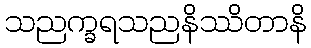
သညက္ခရသညနိဿိတာနိ